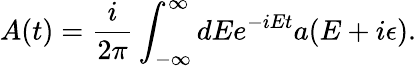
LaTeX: A(t)=\frac i{2\pi}\int_{-\infty}^{\infty}dEe^{-iEt}a(E+i\epsilon).